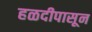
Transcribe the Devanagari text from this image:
हळदीपासून